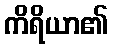
ကိရိယာ၏